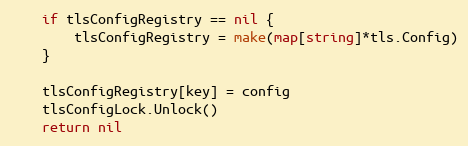
Language: Go
	if tlsConfigRegistry == nil {
		tlsConfigRegistry = make(map[string]*tls.Config)
	}

	tlsConfigRegistry[key] = config
	tlsConfigLock.Unlock()
	return nil